Burma Government Medical School reports 1923-41
Year: 1923
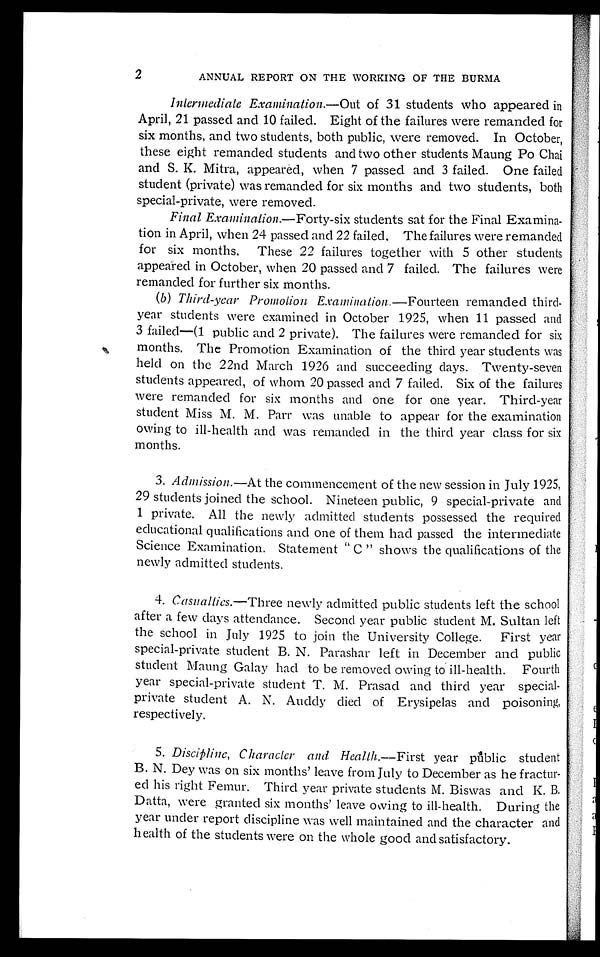
2
ANNUAL REPORT ON THE WORKING OF THE BURMA
Intermediate Examination .—Out of 31 students who appeared in
April, 21 passed and 10 failed. Eight of the failures were remanded for
six months, and two students, both public, were removed. In October,
these eight remanded students and two other students Maung Po Chai
and S. K. Mitra, appeared, when 7 passed and 3 failed. One failed
student (private) was remanded for six months and two students, both
special-private, were removed.
Final Examination .—Forty-six students sat for the Final Examina-
tion in April, when 24 passed and 22 failed. The failures were remanded
for six months, These 22 failures together with 5 other students
appeared in October, when 20 passed and 7 failed. The failures were
remanded for further six months.
(b) Third-year Promotion Examination —Fourteen remanded third-
year students were examined in October 1925, when 11 passed and
3 failed—(1 public and 2 private). The failures were remanded for six
months. The Promotion Examination of the third year students was
held on the 22nd March 1926 and succeeding days. Twenty-seven
students appeared, of whom 20 passed and 7 failed. Six of the failures
were remanded for six months and one for one year. Third-year
student Miss M. M. Parr was unable to appear for the examination
owing to ill-health and was remanded in the third year class for six
months.
3. Admission .—At the commencement of the new session in July 1925,
29 students joined the school. Nineteen public, 9 special-private and
1 private. All the newly admitted students possessed the required
educational qualifications and one of them had passed the intermediate
Science Examination. Statement "C" shows the qualifications of the
newly admitted students.
4. Casualties .—Three newly admitted public students left the school
after a few days attendance. Second year public student M. Sultan left
the school in July 1925 to join the University College. First year
special-private student B. N. Parashar left in December and public
student Maung Galay had to be removed owing to ill-health. Fourth
year special-private student T. M. Prasad and third year special-
private student A. N. Auddy died of Erysipelas and poisoning,
respectively.
5. Discipline, Character and Health .—First year public student
B. N. Dey was on six months' leave from July to December as he fractur-
ed his right Femur. Third year private students M. Biswas and K. B.
Datta, were granted six months' leave owing to ill-health. During the
year under report discipline was well maintained and the character and
health of the students were on the whole good and satisfactory.